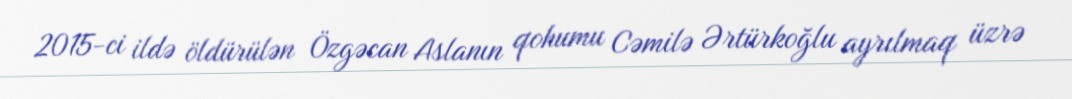
2015-ci ildə öldürülən Özgəcan Aslanın qohumu Cəmilə Ərtürkoğlu ayrılmaq üzrə